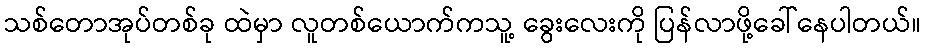
သစ်တောအုပ်တစ်ခု ထဲမှာ လူတစ်ယောက်ကသူ့ ခွေးလေးကို ပြန်လာဖို့ခေါ်နေပါတယ်။